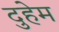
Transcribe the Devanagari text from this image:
दुहेम